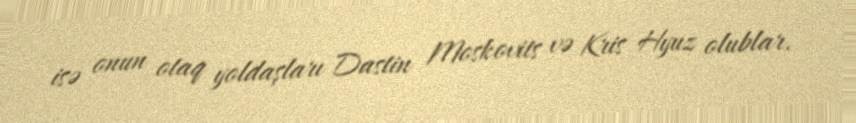
isə onun otaq yoldaşları Dastin Moskovits və Kris Hyuz olublar.